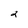
Character: 2